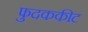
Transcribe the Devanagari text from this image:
फुदककीट